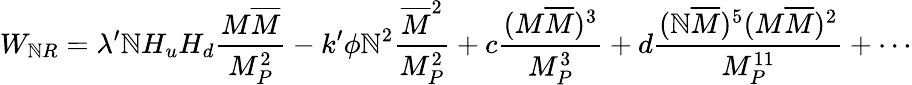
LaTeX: W_{\mathbb{N}R}=\lambda^{\prime}\mathbb{N}H_{u}H_{d}\frac{{M\overline{{{{M}}}}}}{{M_{P}^{2}}}-k^{\prime}\phi\mathbb{N}^{2}\frac{{\overline{{{{M}}}}^{2}}}{{M_{P}^{2}}}+c\frac{{(M\overline{{{{M}}}})^{3}}}{{M_{P}^{3}}}+d\frac{{(\mathbb{N}\overline{{{{M}}}})^{5}(M\overline{{{{M}}}})^{2}}}{{M_{P}^{11}}}+\cdots